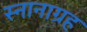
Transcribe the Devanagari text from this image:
स्नानाग्रह